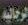
الرجالية